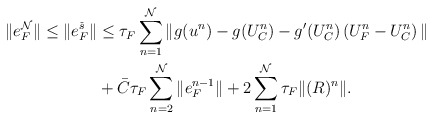
\begin{align*} \|e_F^{\mathcal{N}}\|\leq \|e_F^{\check{s}}\|&\leq \tau_F\sum^{\mathcal{N}}_{n=1} \|g(u^n)-g(U_C^n)-g'(U_C^n) \left(U_F^n-U_C^n\right)\|\\ &+\bar{C}\tau_F\sum^{\mathcal{N}}_{n=2}\|e_F^{n-1}\|+ 2\sum^{\mathcal{N}}_{n=1}\tau_F\|(R)^{n}\|. \end{align*}